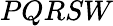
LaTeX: PQRSW